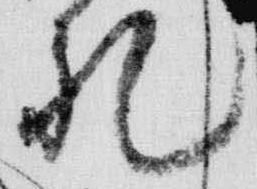
礼